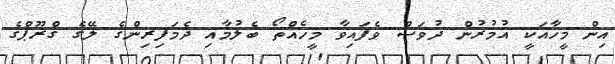
އިން މީހާއަކީ އުމުރުން ދުވަސް ވެފައިވާ މީހެއްތޯ ބެލުމާއި ދެމަފިރިންގެ ލޭގެ ގްރޫޕްގެ